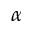
\alpha